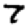
Digit: 7